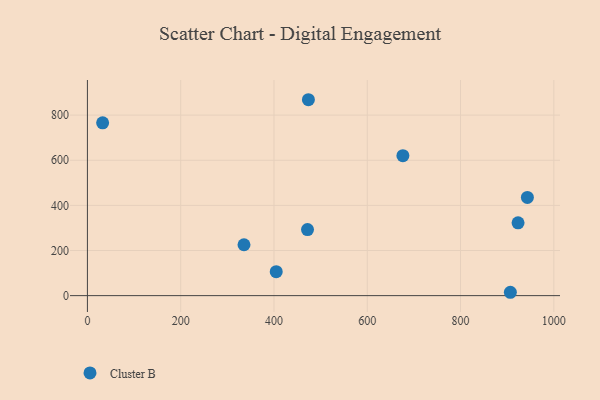
{"axis": {"x": "Engine Size", "y": "Fuel Efficiency"}, "legend": ["Cluster B"], "data": [{"x": "923.3", "y": 322.5, "type": "Cluster B"}, {"x": "471.9", "y": 292.9, "type": "Cluster B"}, {"x": "404.8", "y": 106.0, "type": "Cluster B"}, {"x": "906.8", "y": 14.9, "type": "Cluster B"}, {"x": "32.6", "y": 765.9, "type": "Cluster B"}, {"x": "335.7", "y": 225.6, "type": "Cluster B"}, {"x": "943.3", "y": 435.2, "type": "Cluster B"}, {"x": "676.4", "y": 620.1, "type": "Cluster B"}, {"x": "473.8", "y": 868.2, "type": "Cluster B"}]}